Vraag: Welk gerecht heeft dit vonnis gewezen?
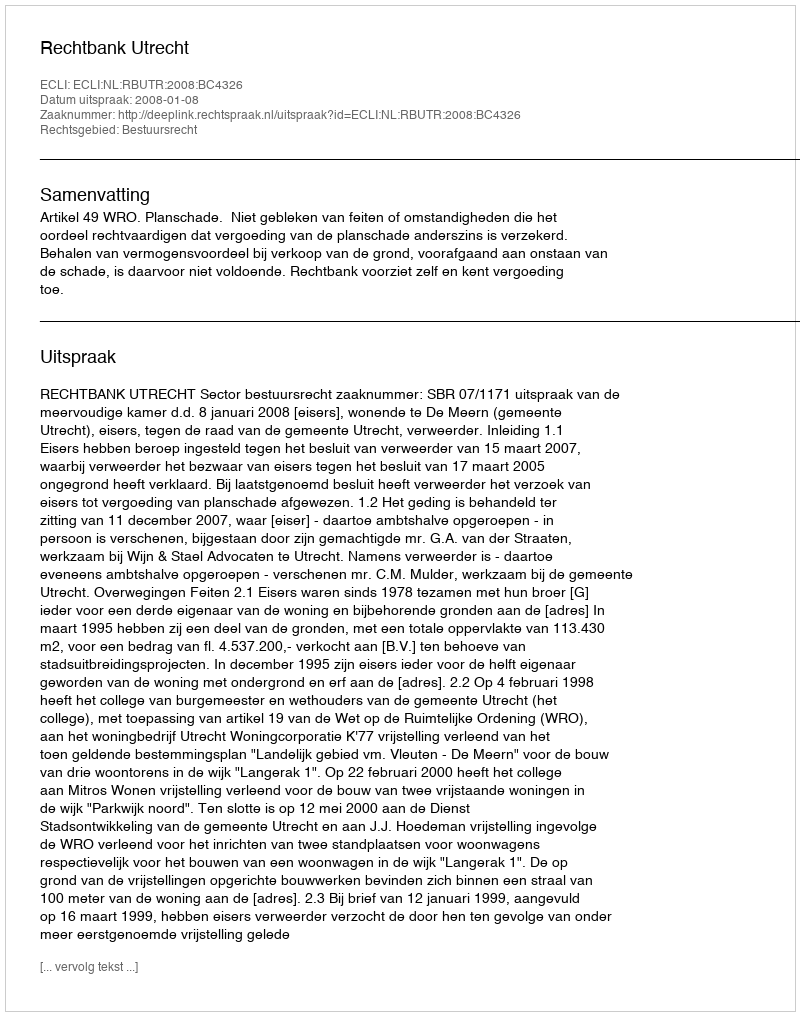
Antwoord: Rechtbank Utrecht